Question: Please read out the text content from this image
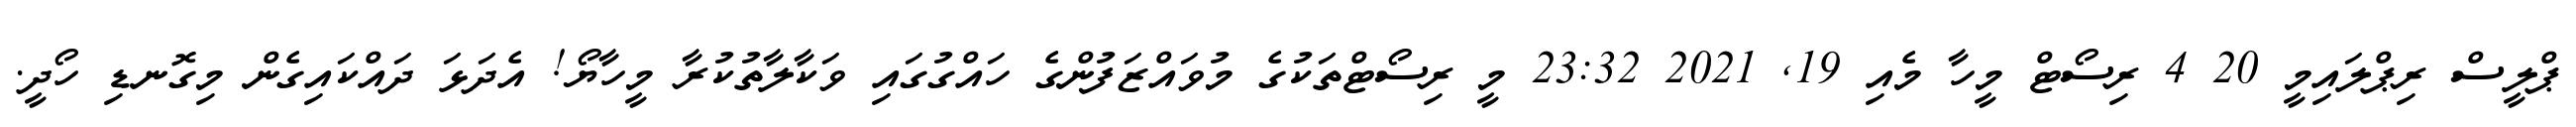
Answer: ޕްލީސް ރިޕްލައިމީ 20 4 ރިސޯޓް މީހާ މެއި 19, 2021 23:32 މީ ރިސޯޓްތަކުގެ މުވައްޒަފުންގެ ހައްގުގައި ވަކާލާތުކުރާ މީހާޔޯ! އެދަޅަ ދައްކައިގެން މިގޮނޑި ހޯދީ.